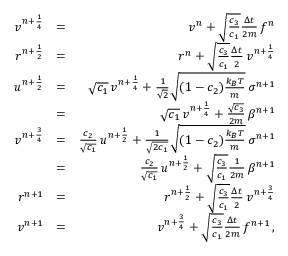
\begin{array} { r l r } { v ^ { n + \frac { 1 } { 4 } } } & { = } & { v ^ { n } + \sqrt { \frac { c _ { 3 } } { c _ { 1 } } } \frac { \Delta { t } } { 2 m } \, f ^ { n } } \\ { r ^ { n + \frac { 1 } { 2 } } } & { = } & { r ^ { n } + \sqrt { \frac { c _ { 3 } } { c _ { 1 } } } \frac { \Delta { t } } { 2 } \, v ^ { n + \frac { 1 } { 4 } } } \\ { u ^ { n + \frac { 1 } { 2 } } } & { = } & { \sqrt { c _ { 1 } } \, v ^ { n + \frac { 1 } { 4 } } + \frac { 1 } { \sqrt { 2 } } \sqrt { ( 1 - c _ { 2 } ) \frac { k _ { B } T } { m } } \, \sigma ^ { n + 1 } } \\ & { = } & { \sqrt { c _ { 1 } } \, v ^ { n + \frac { 1 } { 4 } } + \frac { \sqrt { c _ { 3 } } } { 2 m } \, \beta ^ { n + 1 } } \\ { v ^ { n + \frac { 3 } { 4 } } } & { = } & { \frac { c _ { 2 } } { \sqrt { c _ { 1 } } } \, u ^ { n + \frac { 1 } { 2 } } + \frac { 1 } { \sqrt { 2 c _ { 1 } } } \sqrt { ( 1 - c _ { 2 } ) \frac { k _ { B } T } { m } } \, \sigma ^ { n + 1 } } \\ & { = } & { \frac { c _ { 2 } } { \sqrt { c _ { 1 } } } \, u ^ { n + \frac { 1 } { 2 } } + \sqrt { \frac { c _ { 3 } } { c _ { 1 } } } \frac { 1 } { 2 m } \, \beta ^ { n + 1 } } \\ { r ^ { n + 1 } } & { = } & { r ^ { n + \frac { 1 } { 2 } } + \sqrt { \frac { c _ { 3 } } { c _ { 1 } } } \frac { \Delta { t } } { 2 } \, v ^ { n + \frac { 3 } { 4 } } } \\ { v ^ { n + 1 } } & { = } & { v ^ { n + \frac { 3 } { 4 } } + \sqrt { \frac { c _ { 3 } } { c _ { 1 } } } \frac { \Delta { t } } { 2 m } \, f ^ { n + 1 } \, , } \end{array}